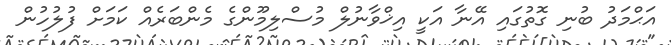
އަޙްމަދު ބުނި ގޮތުގައި އޭނާ އަކީ އިޚްވާނުލް މުސްލިމޫންގެ މެންބަރެއް ކަމަށް ފުލުހުން